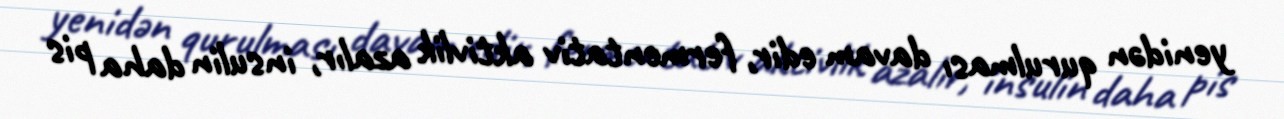
yenidən qurulması davam edir, fermentativ aktivlik azalır, insulin daha pis